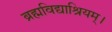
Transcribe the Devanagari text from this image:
ब्रह्मविद्याश्रियम्।